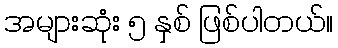
အများဆုံး ၅ နှစ် ဖြစ်ပါတယ်။